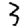
Digit: 3